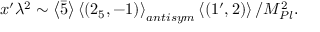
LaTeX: x ^ { \prime } \lambda ^ { 2 } \sim \left\langle \bar { 5 } \right\rangle \left\langle ( 2 _ { 5 } , - 1 ) \right\rangle _ { a n t i s y m } \left\langle ( 1 ^ { \prime } , 2 ) \right\rangle / M _ { P l } ^ { 2 } .